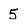
Character: 5